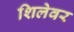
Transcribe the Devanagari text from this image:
शिलेवर